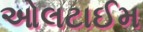
ઓલટાઈમ